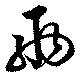
兩